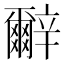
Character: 𰺬